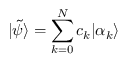
| \tilde { \psi } \rangle = \sum _ { k = 0 } ^ { N } c _ { k } | \alpha _ { k } \rangle